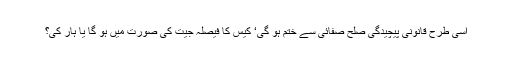
اسی طرح قانونی پیچیدگی صلح صفائی سے ختم ہو گی‘ کیس کا فیصلہ جیت کی صورت میں ہو گا یا ہار کی؟